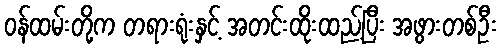
ဝန်ထမ်းတို့က တရားရုံးနှင့် အတင်းထိုးထည့်ပြီး အဖွားတစ်ဦး